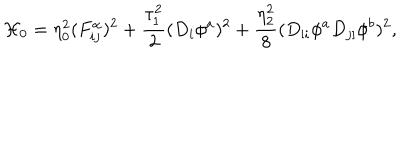
LaTeX: { \cal H } _ { 0 } = \eta _ { 0 } ^ { 2 } ( F _ { i j } ^ { \alpha } ) ^ { 2 } + \frac { \tau _ { 1 } ^ { 2 } } { 2 } ( D _ { i } \phi ^ { a } ) ^ { 2 } + \frac { \eta _ { 2 } ^ { 2 } } { 8 } ( D _ { [ i } \phi ^ { a } D _ { j ] } \phi ^ { b } ) ^ { 2 } ,